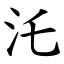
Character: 汑